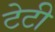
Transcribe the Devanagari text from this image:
टेटी